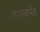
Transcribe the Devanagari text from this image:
लगत्वभेद